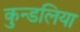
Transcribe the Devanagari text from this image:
कुन्डलिया